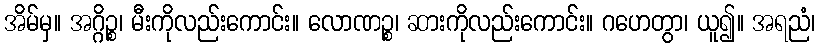
အိမ်မှ။ အဂ္ဂိဉ္စ၊ မီးကိုလည်းကောင်း။ လောဏဉ္စ၊ ဆားကိုလည်းကောင်း။ ဂဟေတွာ၊ ယူ၍။ အရညံ၊